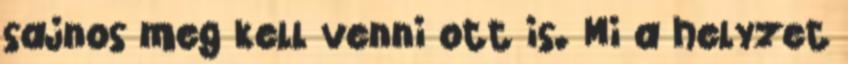
sajnos meg kell venni ott is. Mi a helyzet